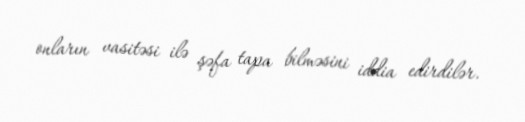
onların vasitəsi ilə şəfa tapa bilməsini iddia edirdilər.